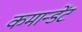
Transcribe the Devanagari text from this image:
कमान्डेंट